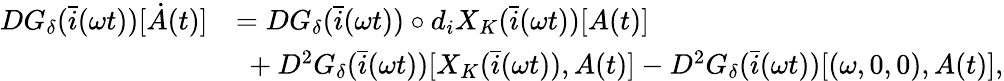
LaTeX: \begin{array}{rl}{DG_{\delta}(\bar{i}(\omega t))[\dot{A}(t)]}&{=DG_{\delta}(\bar{i}(\omega t))\circ d_{i}X_{K}(\bar{i}(\omega t))[A(t)]}\\ &{\ +D^{2}G_{\delta}(\bar{i}(\omega t))[X_{K}(\bar{i}(\omega t)),A(t)]-D^{2}G_{\delta}(\bar{i}(\omega t))[(\omega,0,0),A(t)],}\end{array}